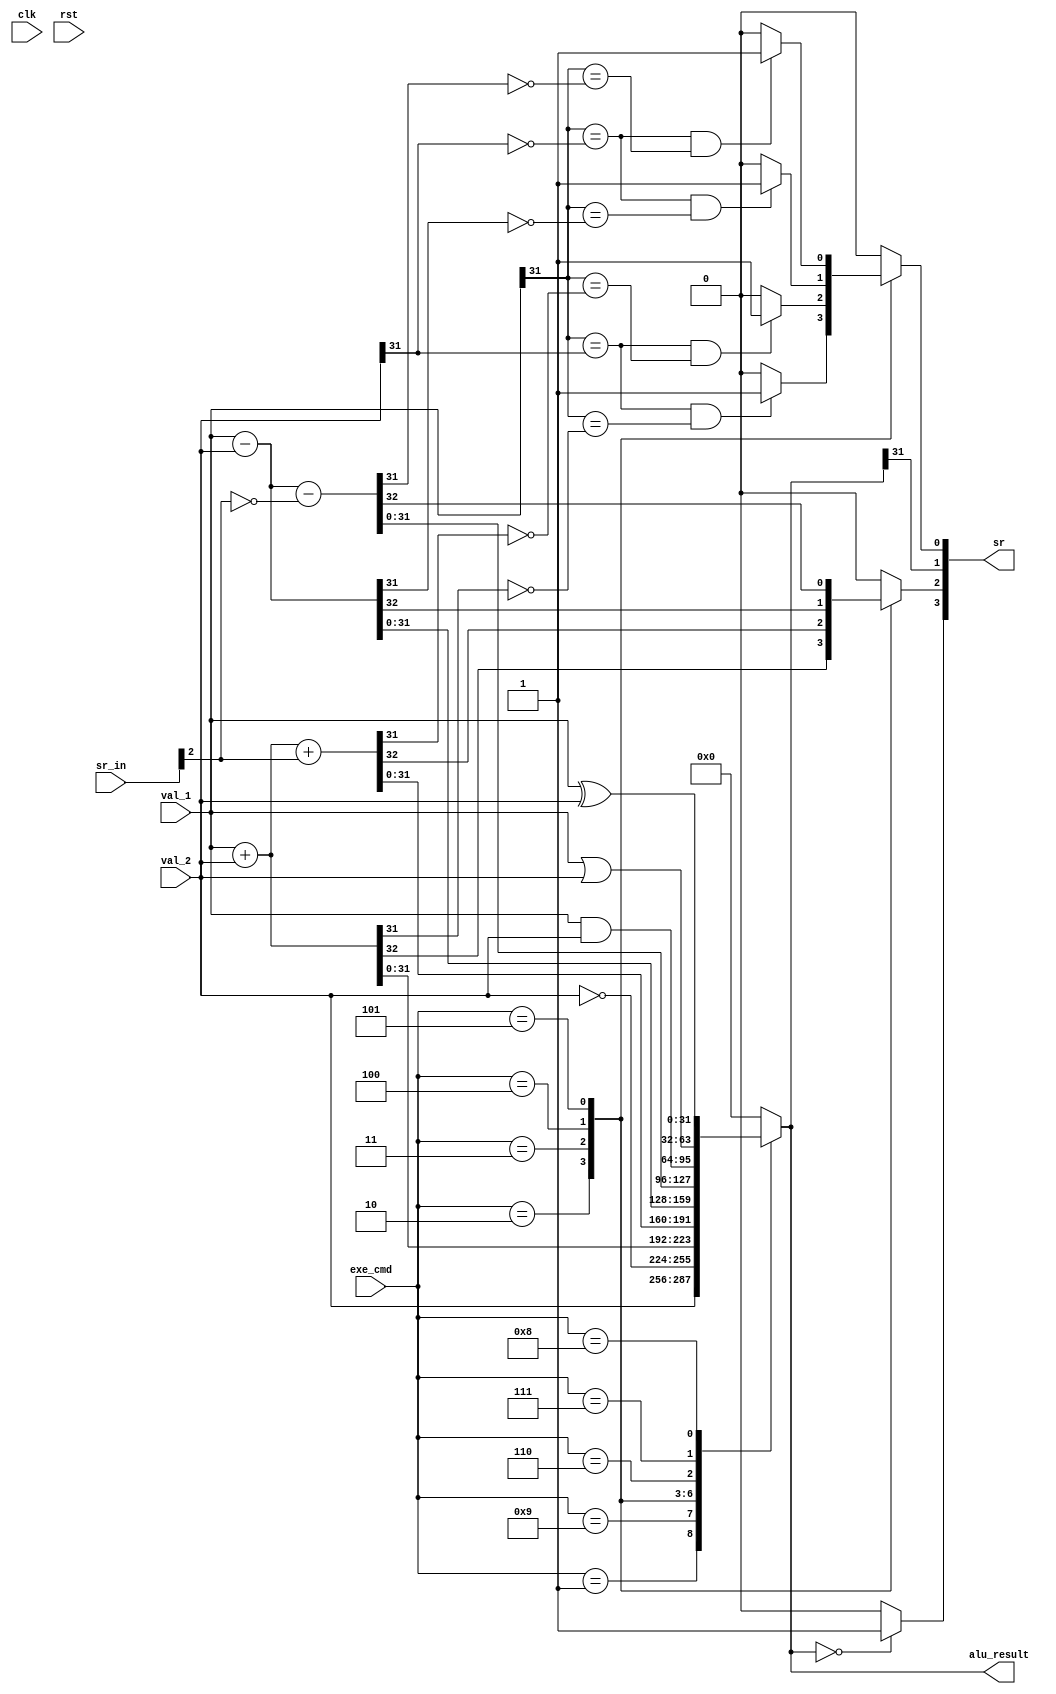
module ALU (input clk, rst, input [31:0]val_1, val_2,
  input [3:0]exe_cmd, sr_in,output reg [31:0]alu_result, output reg [3:0]sr);
  
  reg z, c, n, v;
  wire z_in, c_in, n_in, v_in;
  assign {z_in, c_in, n_in, v_in} = sr_in;
  
  always @ (val_1, val_2, exe_cmd, z_in, c_in, n_in, v_in) begin
    
    alu_result = 32'b00000000000000000000000000000000;
    sr = 4'b0000; n = 1'b0; c = 1'b0; z = 1'b0; v = 1'b0;
    
    case (exe_cmd)
      4'b0001: begin alu_result = val_2; end
      4'b1001: begin alu_result = ~val_2; end
      4'b0010: begin
        {c, alu_result} = val_1 + val_2;
        if ((val_1[31] == val_2[31]) && (val_1[31] == (~alu_result[31]))) v = 1'b1;
      end
      4'b0011: begin
        {c, alu_result} = val_1 + val_2 + c_in;
        if ((val_1[31] == val_2[31]) && (val_1[31] == (~alu_result[31]))) v = 1'b1;
      end
      4'b0100: begin
        {c, alu_result} = val_1 - val_2;
        if ((val_1[31] == (~val_2[31])) && (val_1[31] == (~alu_result[31]))) v = 1'b1;
      end
      4'b0101: begin
        {c, alu_result} = val_1 - val_2 - {{31'b0000000000000000000000000000000}, ~(c_in)};
        if ((val_1[31] == (~val_2[31])) && (val_1[31] == (~alu_result[31]))) v = 1'b1;
      end
      4'b0110: begin alu_result = val_1 & val_2; end
      4'b0111: begin alu_result = val_1 | val_2; end
      4'b1000: begin alu_result = val_1 ^ val_2; end
    endcase

    z = alu_result == 32'b00000000000000000000000000000000 ? 1'b1 : 1'b0;
    n = alu_result[31];    
    sr = {z, c, n, v};
  end
endmodule